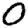
Digit: 0